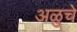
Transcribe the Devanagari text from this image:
अळुचे